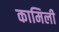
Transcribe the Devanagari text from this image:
कामिली